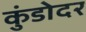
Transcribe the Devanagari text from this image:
कुंडोदर